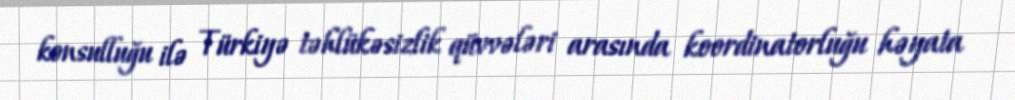
konsulluğu ilə Türkiyə təhlükəsizlik qüvvələri arasında koordinatorluğu həyata